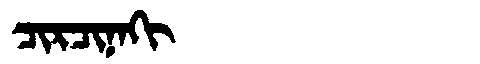
Manchu: ᠴᡳᡵᠴᡳᠨᠠᡴᡳ
Romanization: CIRCINAKI